Medical and sanitary report of the native army of Bengal for the year
Year: 1874
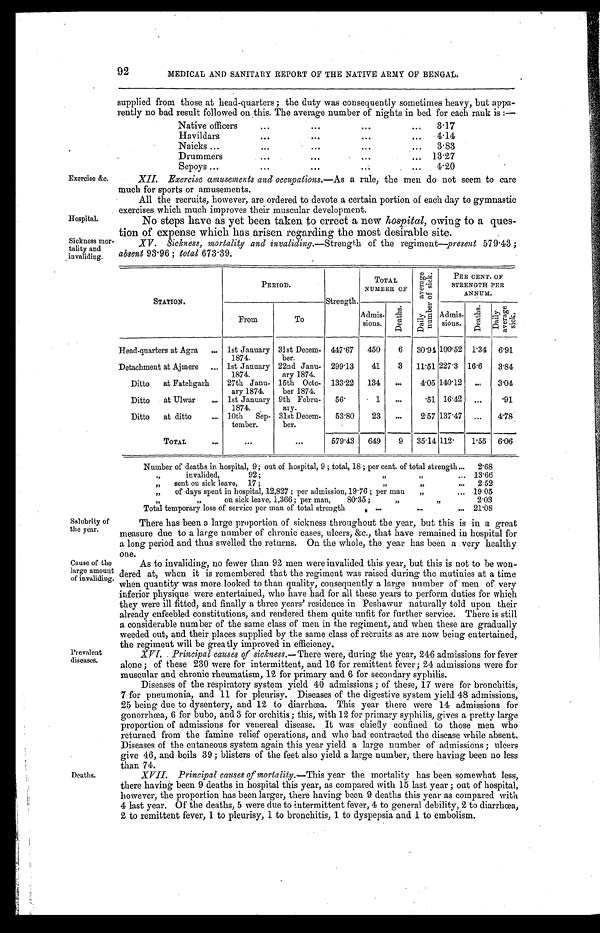
Hospital.
Sickness mor
-tality and
invaliding.
92
Exercise &c.
MEDICAL AND SANITARY REPORT OF THE NATIVE ARMY OF BENGAL.
supplied from those at head-quarters; the duty was consequently sometimes heavy, but appa
-rently no bad result followed on this. The average number of nights in bed for each rank is:—
Native officers . . .
3.17
Havildars . . .
4.14
Naicks . . .
3.83
Drummers . . .
13.27
Sepoys . . .
4.20
XII. Exercise amusements and occupations .—As a rule, the men do not seem to care
much for sports or amusements.
All the recruits, however, are ordered to devote a certain portion of each day to gymnastic
exercises which much improves their muscular development.
No steps have as yet been taken to errect a new hospital, owing to a ques
-tion of expense which has arisen regarding the most desirable site.
XV. Sickness, mortality and invaliding .—Strength of the regiment—present 579.43;
absent 93.96; total 673.39.
Salubrity of
the year.
Cause of the
large amount
of invaliding
STATION.
PERIOD.
Strength.
TOTAL
NUMBER OF
D a i l y a v e r a g e n u m b e r o f s i c k .
PER CENT. OF
STRENGTH PER
ANNUM.
From
To
Admis-
sions.
D e a t h s .
Admis-
sions.
D e a t h s .
D a i l y a v e r a g e s i c k .
Head-quarters at Agra . . . 1st January
1874.
31st Decem-
ber.
447.67
450
6
30.94 100.52 1.34 6.91
Detachment at Ajmere . . . 1st January
1874.
22nd Janu-
ary 1874.
299.13
41
3
11.51 227.3 16.6
3.84
Ditto at Fatehgarh
27th Janu-
ary 1874.
15th Octo-
ber 1874.
133.22
134
. . .
4.05 140.12
. . .
3.04
Ditto
at Ulwar . . . 1st January
1874.
9th Febru-
ary.
56.
1
. . .
.51 16.42
. . .
.91
Ditto
at ditto . . . 10th
Sep-
tember.
31st Decem-
ber.
53.80
23
. . .
2.57 137.47 . . . 4.78
To TAL . . .
. . .
. . .
579.43
649
9
35.14
1 1 2 . 1.55 6.06
Number of deaths in hospital, 9; out of hospital, 9; total, 18; per cent. of total strength . . .
2.68
" invalided, 92; " " . . . 13.66
" sent on sick leave, 17; " " . . .
2.52
" of days spent in hospital, 12,827; per admission, 19.76; per man " . . . 19.05
" " on sick leave, 1,366; per man 80.35; " " . . .
2.03
Total temporary loss of service per man of total strength . . . 21.08
There has been a large proportion of sickness throughout the year, but this is in a great
measure due to a large number of chronic cases, ulcers, &c., that have remained in hospital for
a long period and thus swelled the returns. On the whole, the year has been a very healthy
one.
As to invaliding, no fewer than 92 men were invalided this year, but this is not to be won
-dered at, when it is remembered that the regiment was raised during the mutinies at a time
when quantity was more looked to than quality, consequently a large number of men of very
inferior physique were entertained, who have had for all these years to perform duties for which
they were ill fitted, and finally a three years' residence in Peshawur naturally told upon their
already enfeebled constitutions, and rendered them quite unfit for further service. There is still
a considerable number of the same class of men in the regiment, and when these are gradually
weeded out, and their places supplied by the same class of recruits as are now being entertained,
the regiment will be greatly improved in efficiency.
Prevalent
diseases.
Deaths.
XVI. Principal causes of sickness .—There were, during the year, 246 admissions for fever
alone; of these 230 were for intermittent, and 16 for remittent fever; 24 admissions were for
muscular and chronic rheumatism, 12 for primary and 6 for secondary syphilis.
Diseases of the respiratory system yield 40 admissions; of these, 17 were for bronchitis,
7 for pneumonia, and 11 for pleurisy. Diseases of the digestive system yield 48 admissions,
25 being due to dysentery, and 12 to diarrhœa. This year there were 14 admissions for
gonorrhœa, 6 for bubo, and 3 for orchitis; this, with 12 for primary syphilis, gives a pretty large
proportion of admissions for venereal disease. It was chiefly confined to those men who
returned from the famine relief operations, and who had contracted the disease while absent.
Diseases of the cutaneous system again this year yield a large number of admissions; ulcers
give 46, and boils 39; blisters of the feet also yield a large number, there having been no less
than 74.
XVII. Principal causes of mortality .—This year the. mortality has been somewhat less,
there having been 9 deaths in hospital this year, as compared with 15 last year; out of hospital,
however, the proportion has been larger, there having been 9 deaths this year as compared with
4 last year. Of the deaths, 5 were due to intermittent fever, 4 to general debility, 2 to diarrhœa,
2 to remittent fever, 1 to pleurisy, 1 to bronchitis, 1 to dyspepsia and 1 to embolism.